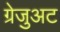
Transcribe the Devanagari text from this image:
ग्रेजुअट